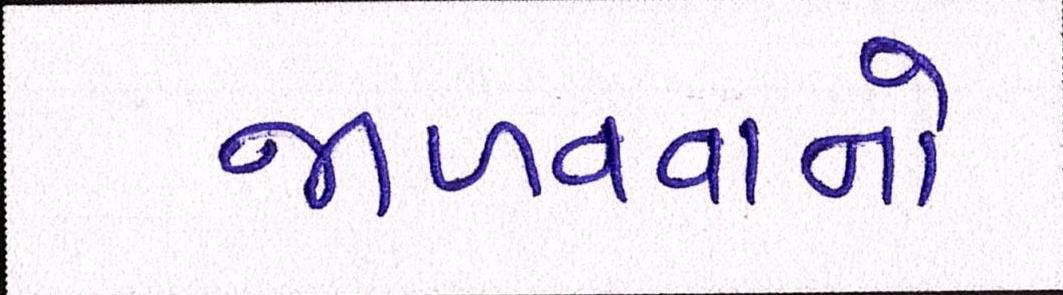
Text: જાળવવાનો